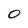
Character: 0